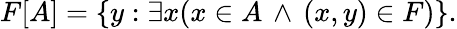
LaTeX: F[A]=\{ y:\exists x(x\in A\, \land\, (x,y)\in F)\} .